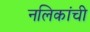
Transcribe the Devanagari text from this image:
नलिकांची